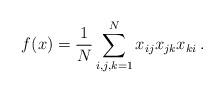
LaTeX: \begin{align*}f(x)=\frac{1}{N}\sum_{i,j,k=1}^Nx_{ij}x_{jk}x_{ki}\, .\end{align*}